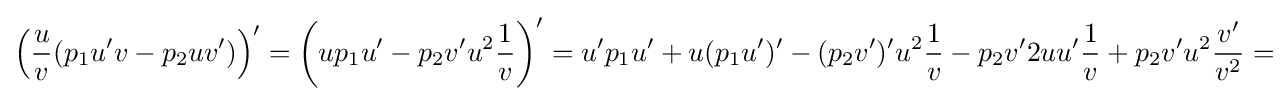
\left({\frac {u}{v}}(p_{1}u'v-p_{2}uv')\right)'=\left(up_{1}u'-p_{2}v'u^{2}{\frac {1}{v}}\right)'=u'p_{1}u'+u(p_{1}u')'-(p_{2}v')'u^{2}{\frac {1}{v}}-p_{2}v'2uu'{\frac {1}{v}}+p_{2}v'u^{2}{\frac {v'}{v^{2}}}=